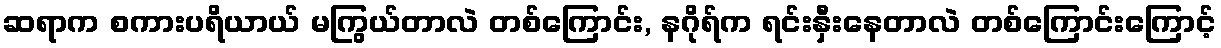
ဆရာက စကားပရိယာယ် မကြွယ်တာလဲ တစ်ကြောင်း, နဂိုရ်က ရင်းနှီးနေတာလဲ တစ်ကြောင်းကြောင့်